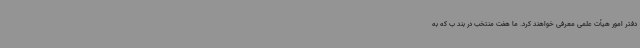
دفتر امور هیأت علمی معرفی خواهند کرد. ما هفت منتخب در بند ب که به